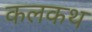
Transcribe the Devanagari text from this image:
कलकथ